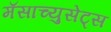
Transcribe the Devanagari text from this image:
मॅसाच्युसेट्स